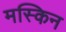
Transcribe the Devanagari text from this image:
मस्किन